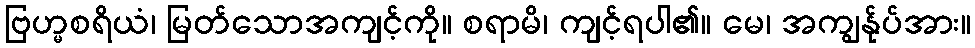
ဗြဟ္မစရိယံ၊ မြတ်သောအကျင့်ကို။ စရာမိ၊ ကျင့်ရပါ၏။ မေ၊ အကျွန်ုပ်အား။